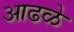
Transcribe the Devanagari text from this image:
आढळे